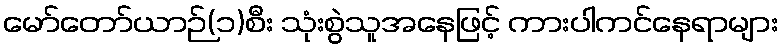
မော်တော်ယာဉ်(၁)စီး သုံးစွဲသူအနေဖြင့် ကားပါကင်နေရာများ